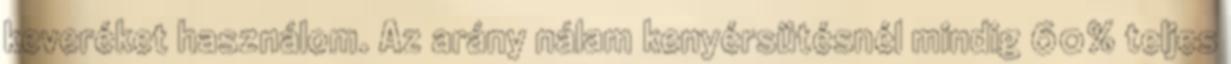
keveréket használom. Az arány nálam kenyérsütésnél mindig 60% teljes